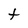
Character: t